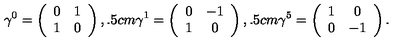
\gamma ^ { 0 } = \left( \begin{array} { c c } { 0 } & { 1 } \\ { 1 } & { 0 } \\ \end{array} \right) , \hspace * { 0 . 5 c m } \gamma ^ { 1 } = \left( \begin{array} { c c } { 0 } & { - 1 } \\ { 1 } & { 0 } \\ \end{array} \right) , \hspace * { 0 . 5 c m } \gamma ^ { 5 } = \left( \begin{array} { c c } { 1 } & { 0 } \\ { 0 } & { - 1 } \\ \end{array} \right) .